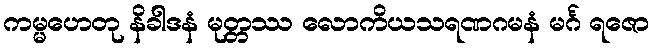
ကမ္မဟေတု နိခါဒနံ မုတ္တဿ လောကိယသရဏဂမနံ မင်္ဂ ရဇော